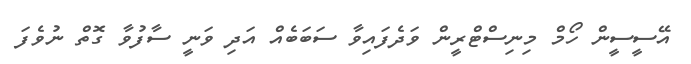
އޭސީސީން ހޯމް މިނިސްޓްރީން ވަދެފައިވާ ސަބަބެއް އަދި ވަނީ ސާފުވާ ގޮތް ނުވެފަ